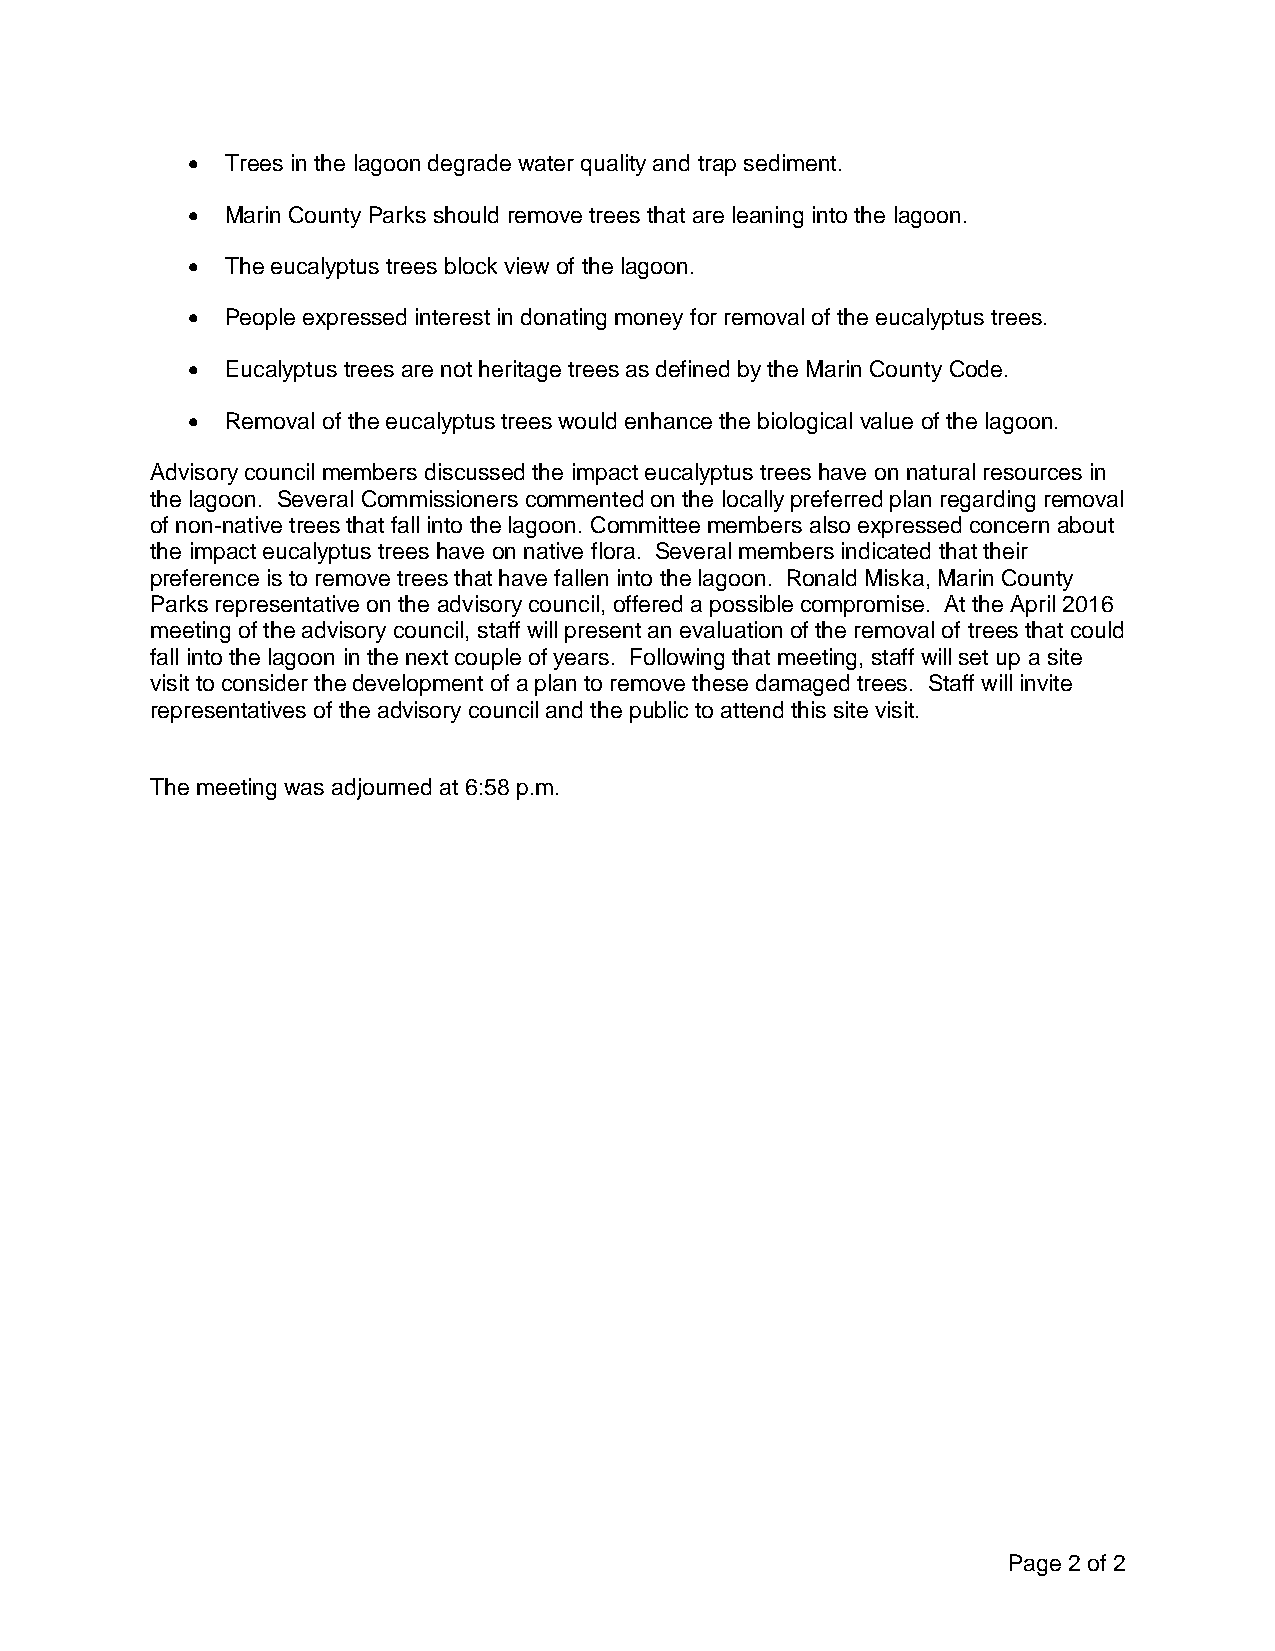
  Trees in the lagoon degrade water quality and trap sediment.
   Marin County Parks should remove trees that are leaning into the lagoon.
   The eucalyptus trees block view of the lagoon.
   People expressed interest in donating money for removal of the eucalyptus trees.
   Eucalyptus trees are not heritage trees as defined by the Marin County Code.
   Removal of the eucalyptus trees would enhance the biological value of the lagoon.
 Advisory council members discussed the impact eucalyptus trees have on natural resources in
 the lagoon. Several Commissioners commented on the locally preferred plan regarding removal
 of non-native trees that fall into the lagoon. Committee members also expressed concern about
 the impact eucalyptus trees have on native flora. Several members indicated that their
 preference is to remove trees that have fallen into the lagoon. Ronald Miska, Marin County
 Parks representative on the advisory council, offered a possible compromise. At the April 2016
 meeting of the advisory council, staff will present an evaluation of the removal of trees that could
 fall into the lagoon in the next couple of years. Following that meeting, staff will set up a site
 visit to consider the development of a plan to remove these damaged trees. Staff will invite
 representatives of the advisory council and the public to attend this site visit.
 The meeting was adjourned at 6:58 p.m.
 Page 2 of 2